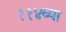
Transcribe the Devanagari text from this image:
११४व्या